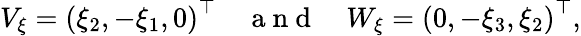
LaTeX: \begin{array}{r}{V_{\xi}=\left(\xi_{2},-\xi_{1},0\right)^{\top}\quad\mathrm{~a~n~d~}\quad W_{\xi}=\left(0,-\xi_{3},\xi_{2}\right)^{\top},}\end{array}